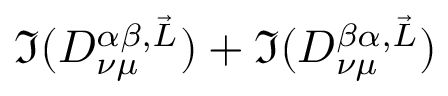
\Im ( D _ { \nu \mu } ^ { \alpha \beta , \vec { L } } ) + \Im ( D _ { \nu \mu } ^ { \beta \alpha , \vec { L } } )